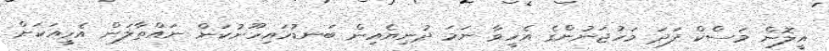
އީލޮން މަސްކް ފަދަ މަހުޖަނުންގެ އެހީވާ ނަމަ ދުނިޔެއިން ބަނޑުހައިހޫނުކަން ނައްތާލަން އެހީއަކަށް